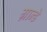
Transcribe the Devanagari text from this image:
ग्रान्डे